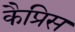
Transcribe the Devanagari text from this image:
कैप्रिस